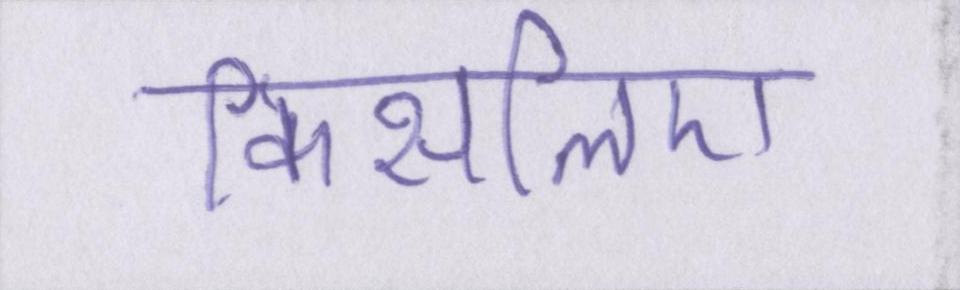
किसलिए